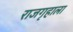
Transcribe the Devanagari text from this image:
राजगृहाला